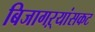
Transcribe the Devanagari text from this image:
बिजागऱ्यांसकट